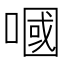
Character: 嘓